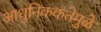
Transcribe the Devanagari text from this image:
आधुनिककतेमुळे